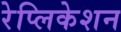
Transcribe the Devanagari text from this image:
रेप्लिकेशन